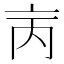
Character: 𠅈